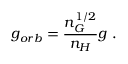
g _ { o r b } = \frac { n _ { G } ^ { 1 / 2 } } { n _ { H } } g \ .